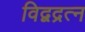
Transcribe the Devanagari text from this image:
विद्वद्रत्न